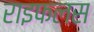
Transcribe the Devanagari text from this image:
राइफलस